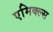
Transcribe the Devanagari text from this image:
एमिक्ल्स